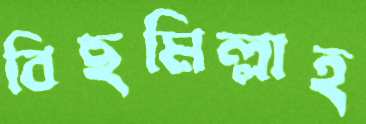
বিছমিল্লাহ